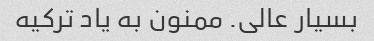
بسیار عالی. ممنون به یاد ترکیه